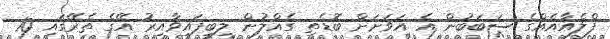
ފްލެއާއެއްގެ ސަބަބުން އެ އަވަށަށް ބޮޑެތި ގެއްލުން ލިބިފައިވާއިރު އޭގެ ތެރޭގައި 10